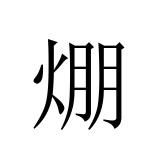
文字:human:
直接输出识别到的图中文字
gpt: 焩